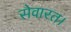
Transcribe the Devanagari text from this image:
सेवारत।